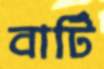
বার্টি